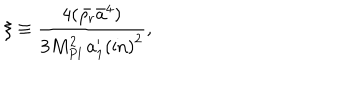
\xi \equiv \frac { 4 ( \bar { \rho _ { r } } \bar { a } ^ { 4 } ) } { 3 M _ { P l } ^ { 2 } \, { { a } _ { 1 } ^ { \prime } ( \mathrm { i n } ) } ^ { 2 } } ,